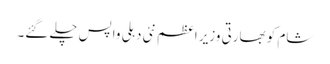
شام کو بھارتی وزیر اعظم نئی دہلی واپس چلے گئے۔